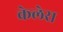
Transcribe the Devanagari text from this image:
केलेरा